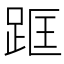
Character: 𨀕